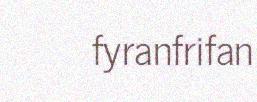
fyranfrifan